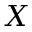
X